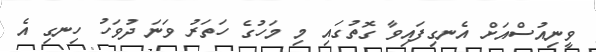
ވީނިއުސްއަށް އެނގިފައިވާ ގޮތުގައި މި މަހުގެ ހަތަރު ވަނަ ދުވަހު ހިނގި އެ